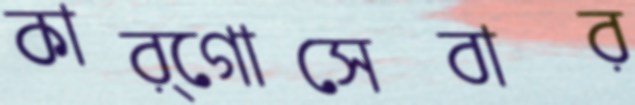
কার্গোসেবার